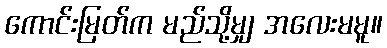
ကောင်းမြတ်က မည်သို့မျှ အလေးမမူ။